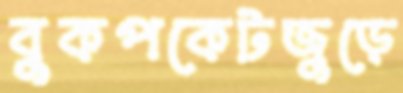
বুকপকেটজুড়ে